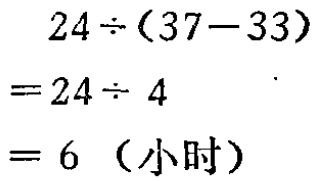
\[
\begin{align*}
&24\div(37 - 33)\\
=&24\div4\\
=&6 \text{（小时）}
\end{align*}
\]